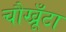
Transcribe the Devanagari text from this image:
चौखूँटा